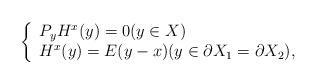
LaTeX: \begin{align*}\left\{ \begin{array}{l} P_yH^x(y)=0(y\in X)\\ H^x(y)=E(y-x)(y\in\partial X_1=\partial X_2), \end{array}\right.\end{align*}